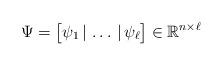
LaTeX: \begin{align*}\Psi=\big[\psi_1\,|\,\ldots\,|\,\psi_\ell\big]\in\mathbb R^{n\times \ell}\end{align*}